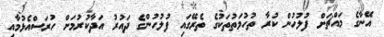
އޭނާގެ މައްޗަށް ފުލުހުން ކުރާ ތުހުމަތުތަކުގެ ތެރޭގައި ފުލުހުންގެ ދައުރު އަދާކުރުމަށް ހުރަސްއެޅުމާއި